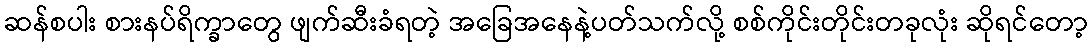
ဆန်စပါး စားနပ်ရိက္ခာတွေ ဖျက်ဆီးခံရတဲ့ အခြေအနေနဲ့ပတ်သက်လို့ စစ်ကိုင်းတိုင်းတခုလုံး ဆိုရင်တော့